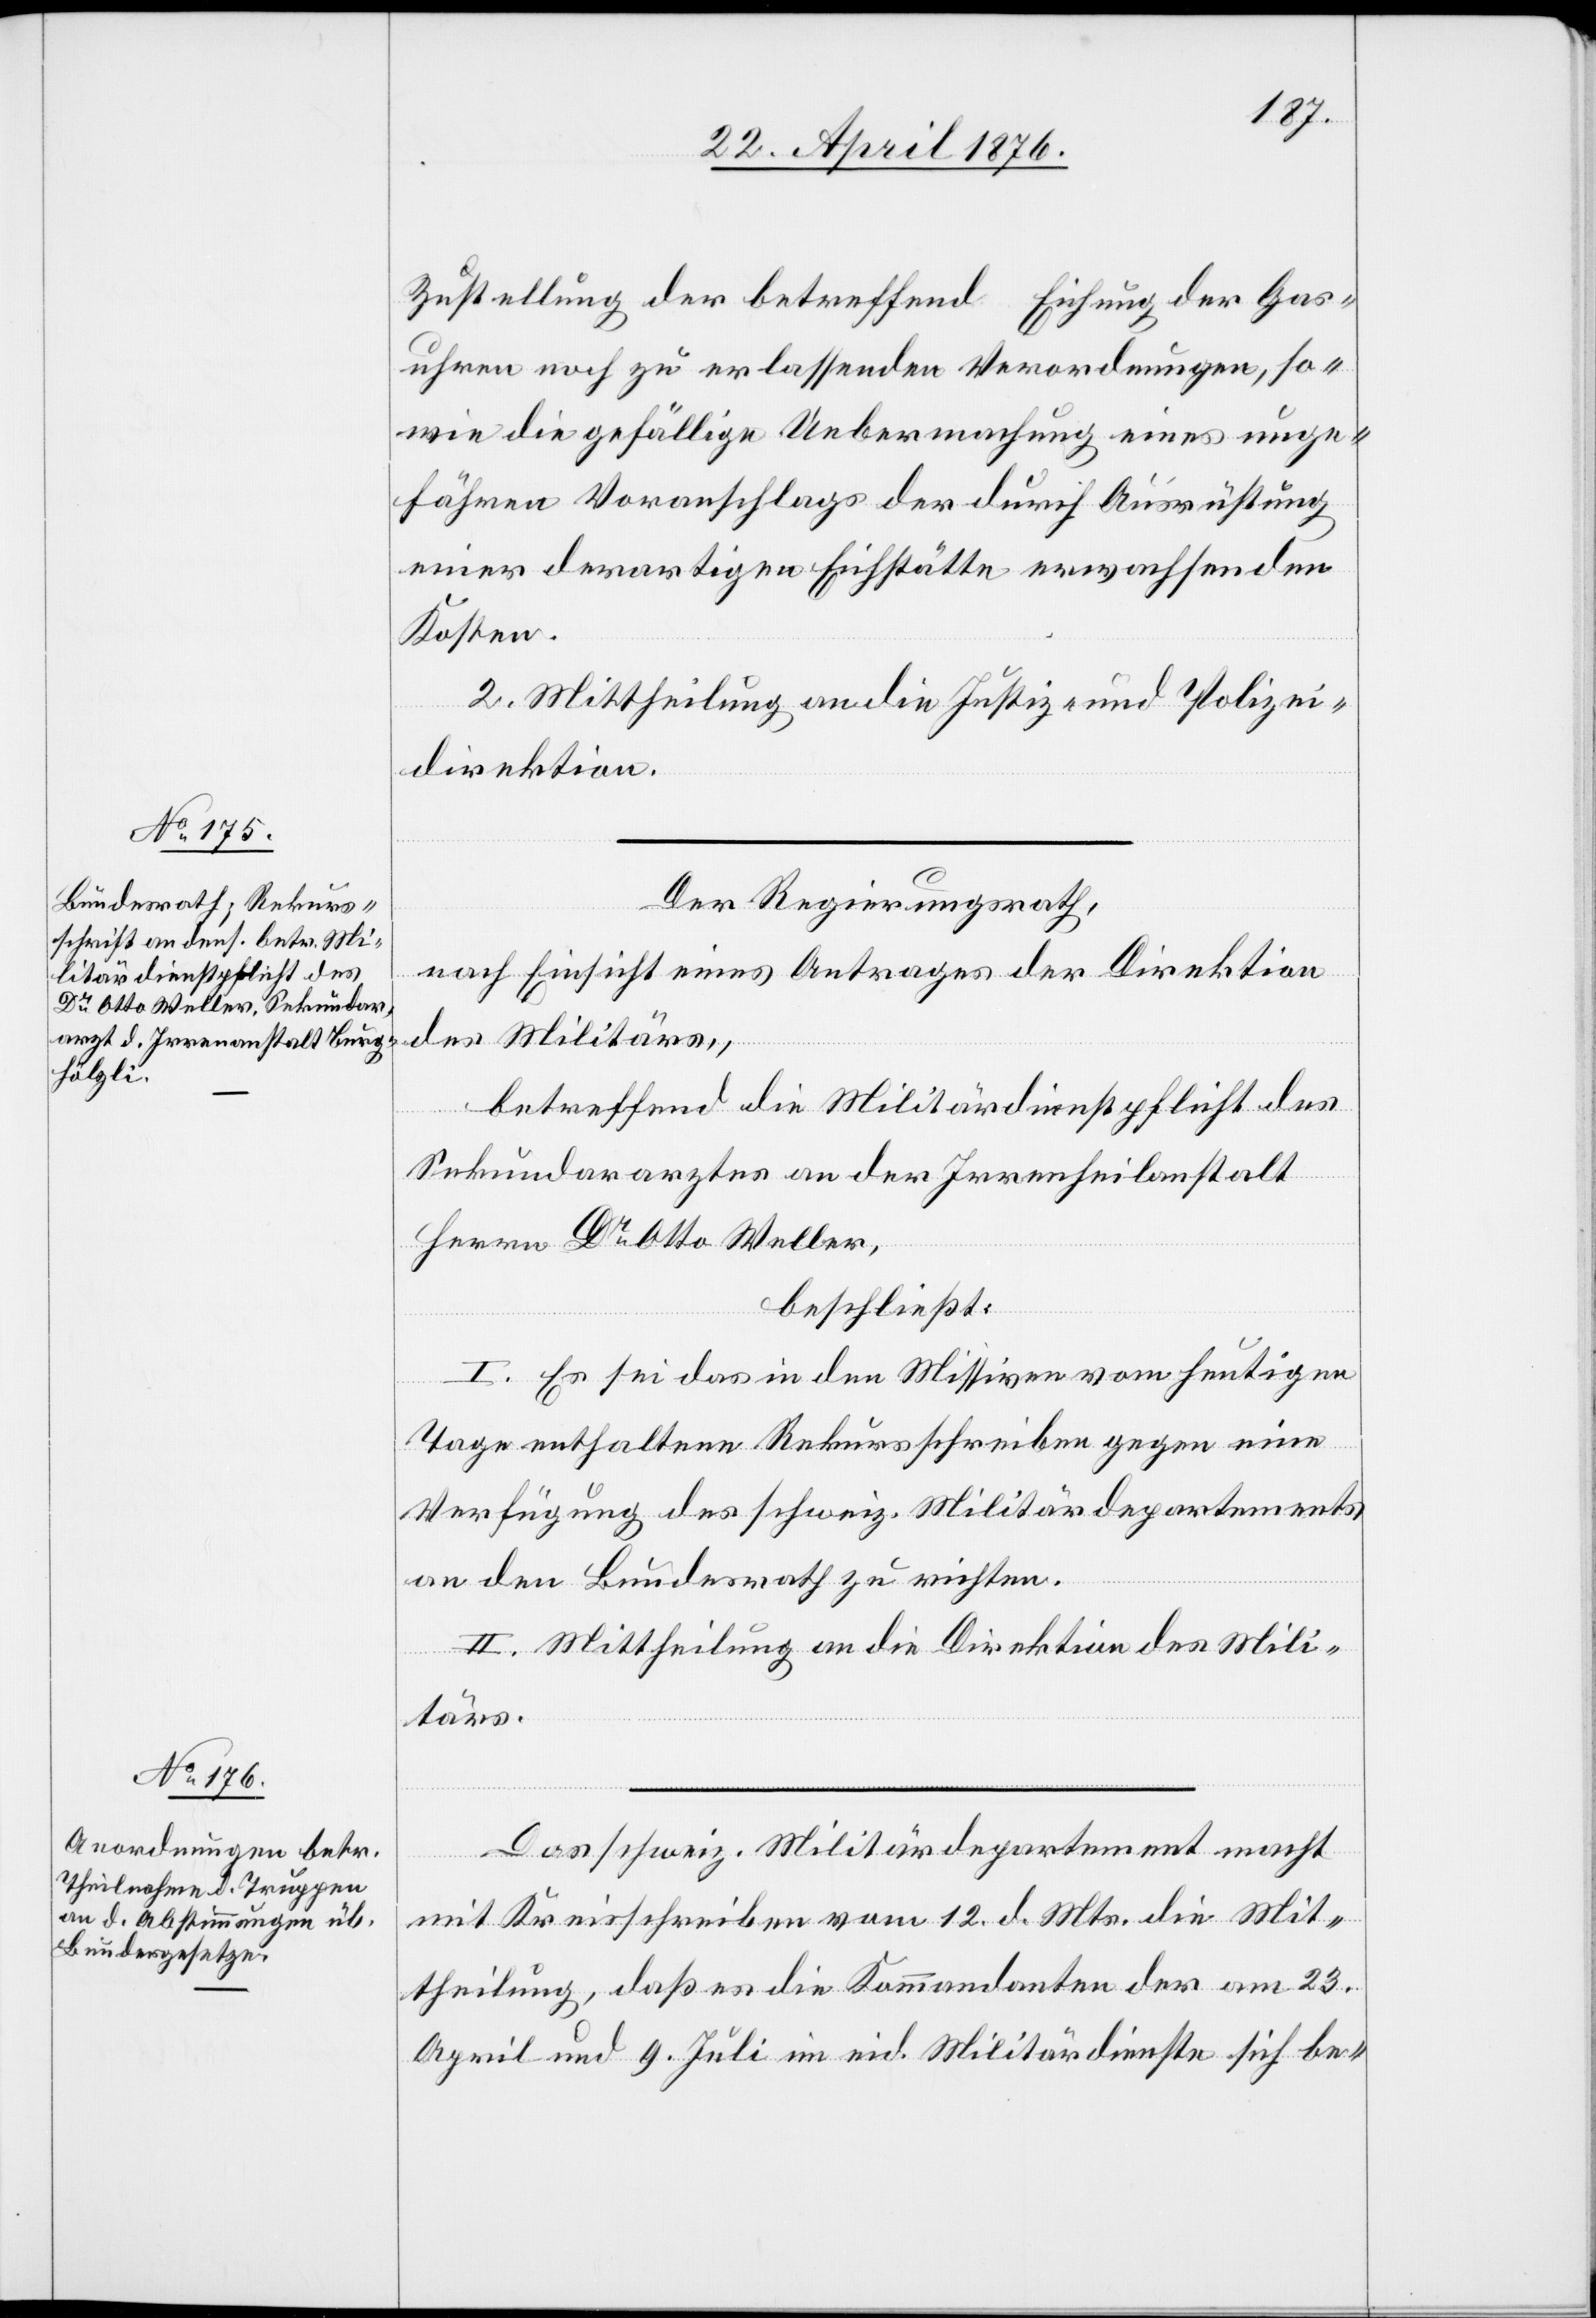
Zustellung der betreffend Eichung der Gas¬
uhren noch zu erlassenden Verordnungen, so¬
wie die gefällige Uebermachung eines unge¬
fähren Voranschlags der durch Ausrüstung
einer derartigen Eichstätte erwachsenden
Kosten.
2. Mittheilung an die Justiz- und Polizei¬
direktion.
Der Regierungsrath,
nach Einsicht eines Antrages der Direktion
des Militärs,
betreffend die Militärdienstpflicht des
Sekundararztes an der Irrenheilanstalt
Herrn Dr Otto Weller,
beschließt:
I. Es sei das in den Missiven vom heutigen
Tage enthaltene Rekursschreiben gegen eine
Verfügung des schweiz. Militärdepartements
an den Bundesrath zu richten.
II. Mittheilung an die Direktion des Mili¬
tärs.
Das schweiz. Militärdepartement macht
mit Kreisschreiben vom 12. d. Mts. die Mit¬
theilung, daß es die Kommandanten der am 23.
April und 9. Juli im eid. Militärdienste sich be-